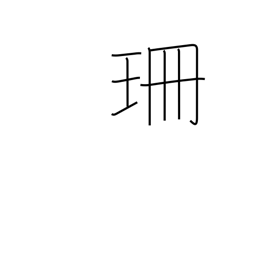
Meaning: centimeter